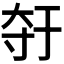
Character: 𫯣